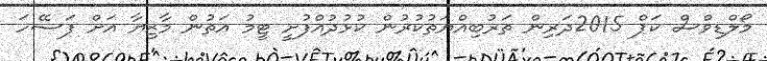
މޯލްޑިވްސް ކަޕް 2015ދަރިން ތަރުބިއްޔަތުކުރުން ކުޅުދުއްފުށީ ޓީމު އަތުން މާޒިޔާ އަށް ފަސޭހަ